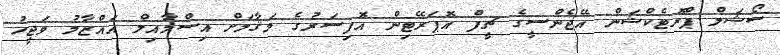
ސޯޝަލް ޕްރޮޓެކްޝަން އޭޖެންސީގެ ޗީފް އޮޕަރޭޓިން އޮފިސަރުގެ މަޤާމަށް އިސްމާއިލް އައްޒާމު ވަޖީހު